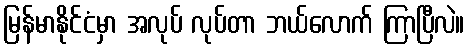
မြန်မာနိုင်ငံမှာ အလုပ် လုပ်တာ ဘယ်လောက် ကြာပြီလဲ။